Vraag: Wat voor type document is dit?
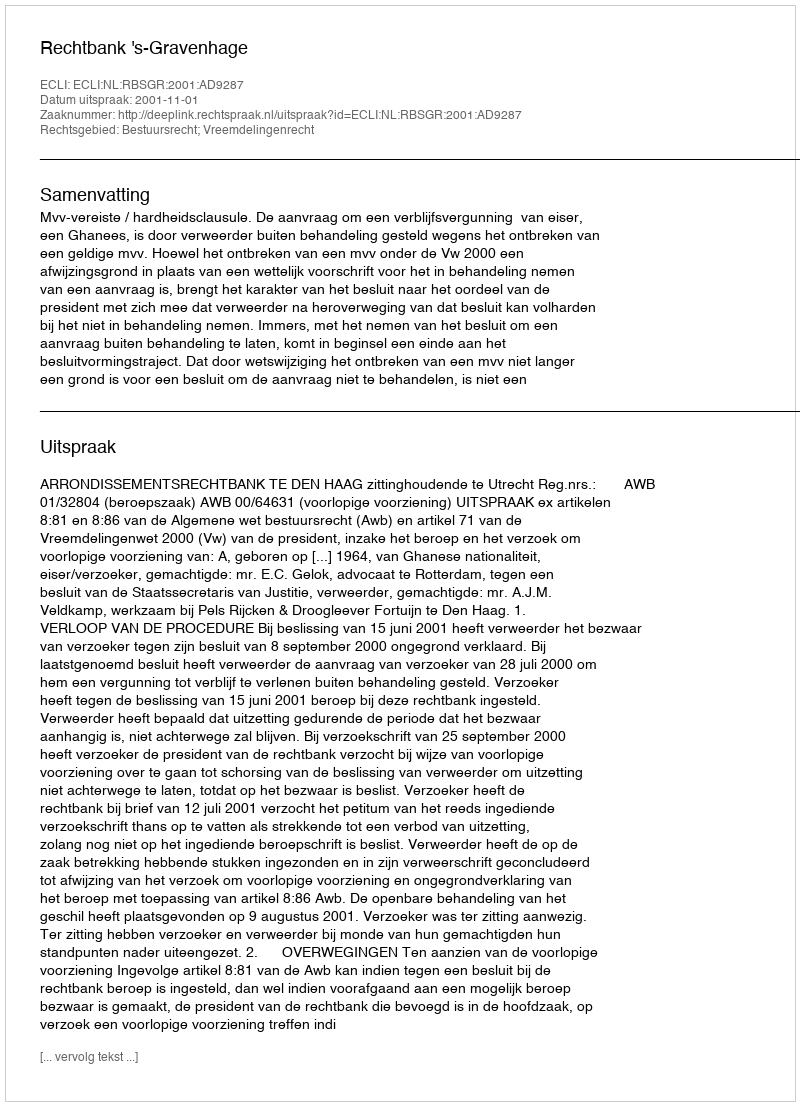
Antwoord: Uitspraak